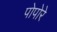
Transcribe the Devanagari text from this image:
पोपोरे